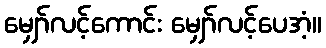
မျှော်လင့်ကောင်း မျှော်လင့်ပေအံ့။